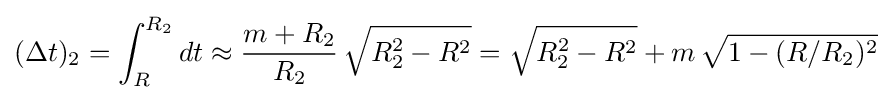
(\Delta t)_{2}=\int _{R}^{R_{2}}dt\approx {\frac {m+R_{2}}{R_{2}}}\,{\sqrt {R_{2}^{2}-R^{2}}}={\sqrt {R_{2}^{2}-R^{2}}}+m\,{\sqrt {1-(R/R_{2})^{2}}}